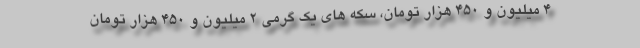
۴ میلیون و ۴۵۰ هزار تومان، سکه های یک گرمی ۲ میلیون و ۴۵۰ هزار تومان